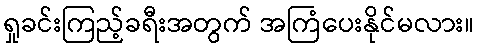
ရှုခင်းကြည့်ခရီးအတွက် အကြံပေးနိုင်မလား။